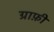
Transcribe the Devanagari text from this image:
ग्राफ़ी